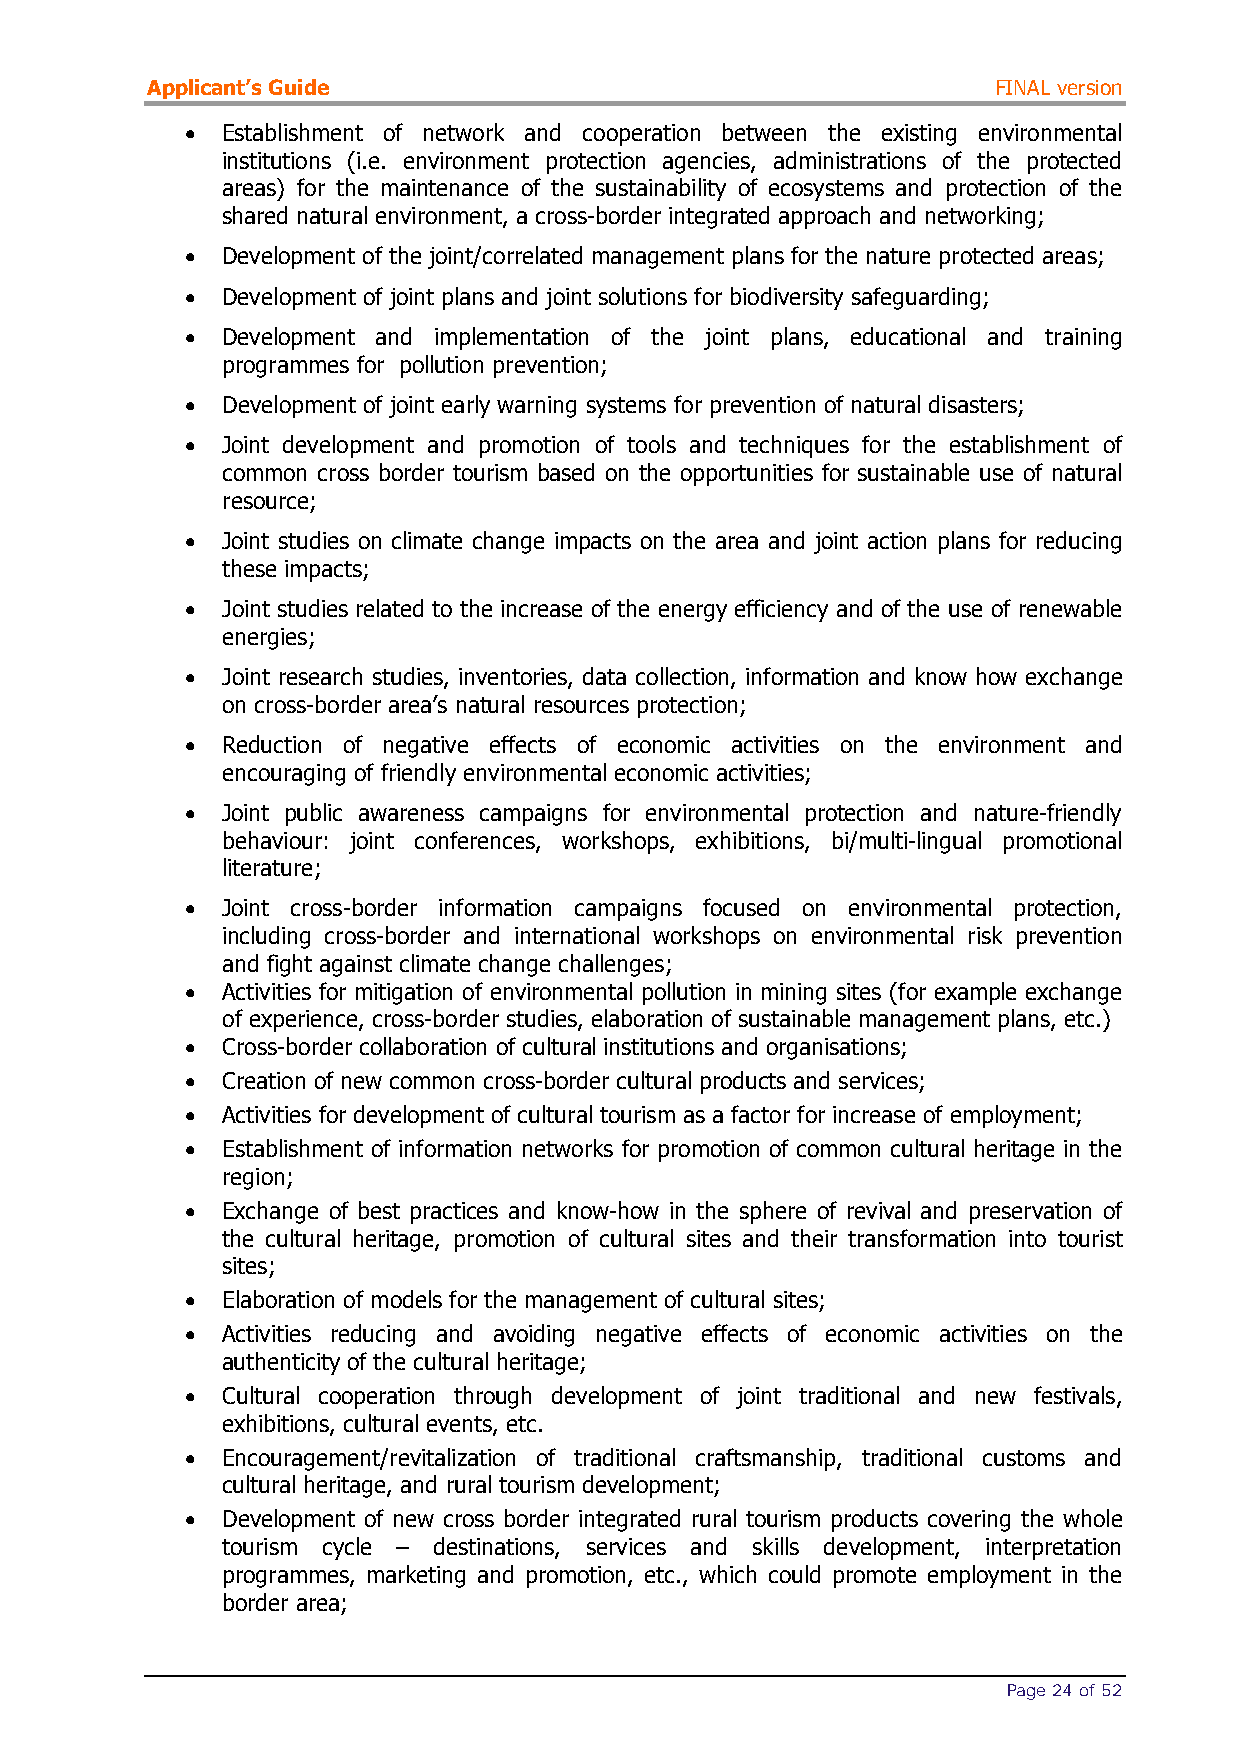
Applicant’s Guide                                       FINAL version
 •  Establishment of network and cooperation between the existing environmental
 institutions (i.e. environment protection agencies, administrations of the protected
 areas) for the maintenance of the sustainability of ecosystems and protection of the
 shared natural environment, a cross-border integrated approach and networking;
 •  Development of the joint/correlated management plans for the nature protected areas;
 •  Development of joint plans and joint solutions for biodiversity safeguarding;
 •  Development and implementation of the joint plans, educational and training
 programmes for pollution prevention;
 •  Development of joint early warning systems for prevention of natural disasters;
 •  Joint development and promotion of tools and techniques for the establishment of
 common cross border tourism based on the opportunities for sustainable use of natural
 resource;
 •  Joint studies on climate change impacts on the area and joint action plans for reducing
 these impacts;
 •  Joint studies related to the increase of the energy efficiency and of the use of renewable
 energies;
 •  Joint research studies, inventories, data collection, information and know how exchange
 on cross-border area’s natural resources protection;
 •  Reduction of negative effects of economic activities on the environment and
 encouraging of friendly environmental economic activities;
 •  Joint public awareness campaigns for environmental protection and nature-friendly
 behaviour: joint conferences, workshops, exhibitions, bi/multi-lingual promotional
 literature;
 •  Joint cross-border information campaigns focused on environmental protection,
 including cross-border and international workshops on environmental risk prevention
 and fight against climate change challenges;
 •  Activities for mitigation of environmental pollution in mining sites (for example exchange
 of experience, cross-border studies, elaboration of sustainable management plans, etc.)
 •  Cross-border collaboration of cultural institutions and organisations;
 •  Creation of new common cross-border cultural products and services;
 •  Activities for development of cultural tourism as a factor for increase of employment;
 •  Establishment of information networks for promotion of common cultural heritage in the
 region;
 •  Exchange of best practices and know-how in the sphere of revival and preservation of
 the cultural heritage, promotion of cultural sites and their transformation into tourist
 sites;
 •  Elaboration of models for the management of cultural sites;
 •  Activities reducing and avoiding negative effects of economic activities on the
 authenticity of the cultural heritage;
 •  Cultural cooperation through development of joint traditional and new festivals,
 exhibitions, cultural events, etc.
 •  Encouragement/revitalization of traditional craftsmanship, traditional customs and
 cultural heritage, and rural tourism development;
 •  Development of new cross border integrated rural tourism products covering the whole
 tourism cycle – destinations, services and skills development, interpretation
 programmes, marketing and promotion, etc., which could promote employment in the
 border area;
 Page 24 of 52